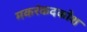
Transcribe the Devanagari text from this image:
मकरंकदकोश